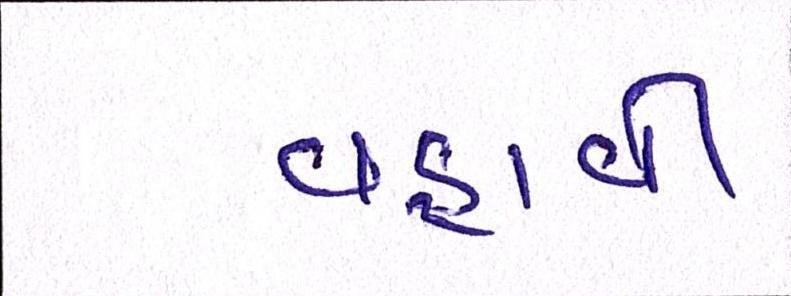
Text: વહાવી